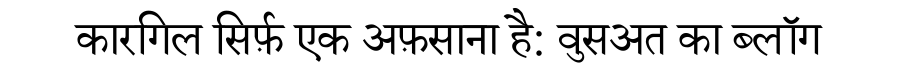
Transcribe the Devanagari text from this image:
कारगिल सिर्फ़ एक अफ़साना है: वुसअत का ब्लॉग